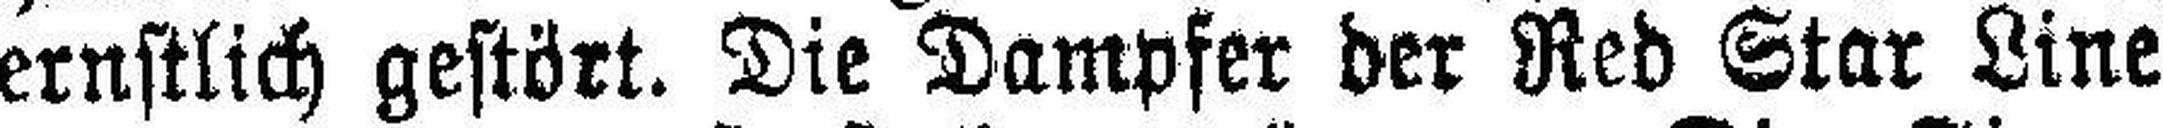
ernstlich gestört. Die Dampfer der Red Star Line